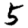
Digit: 5